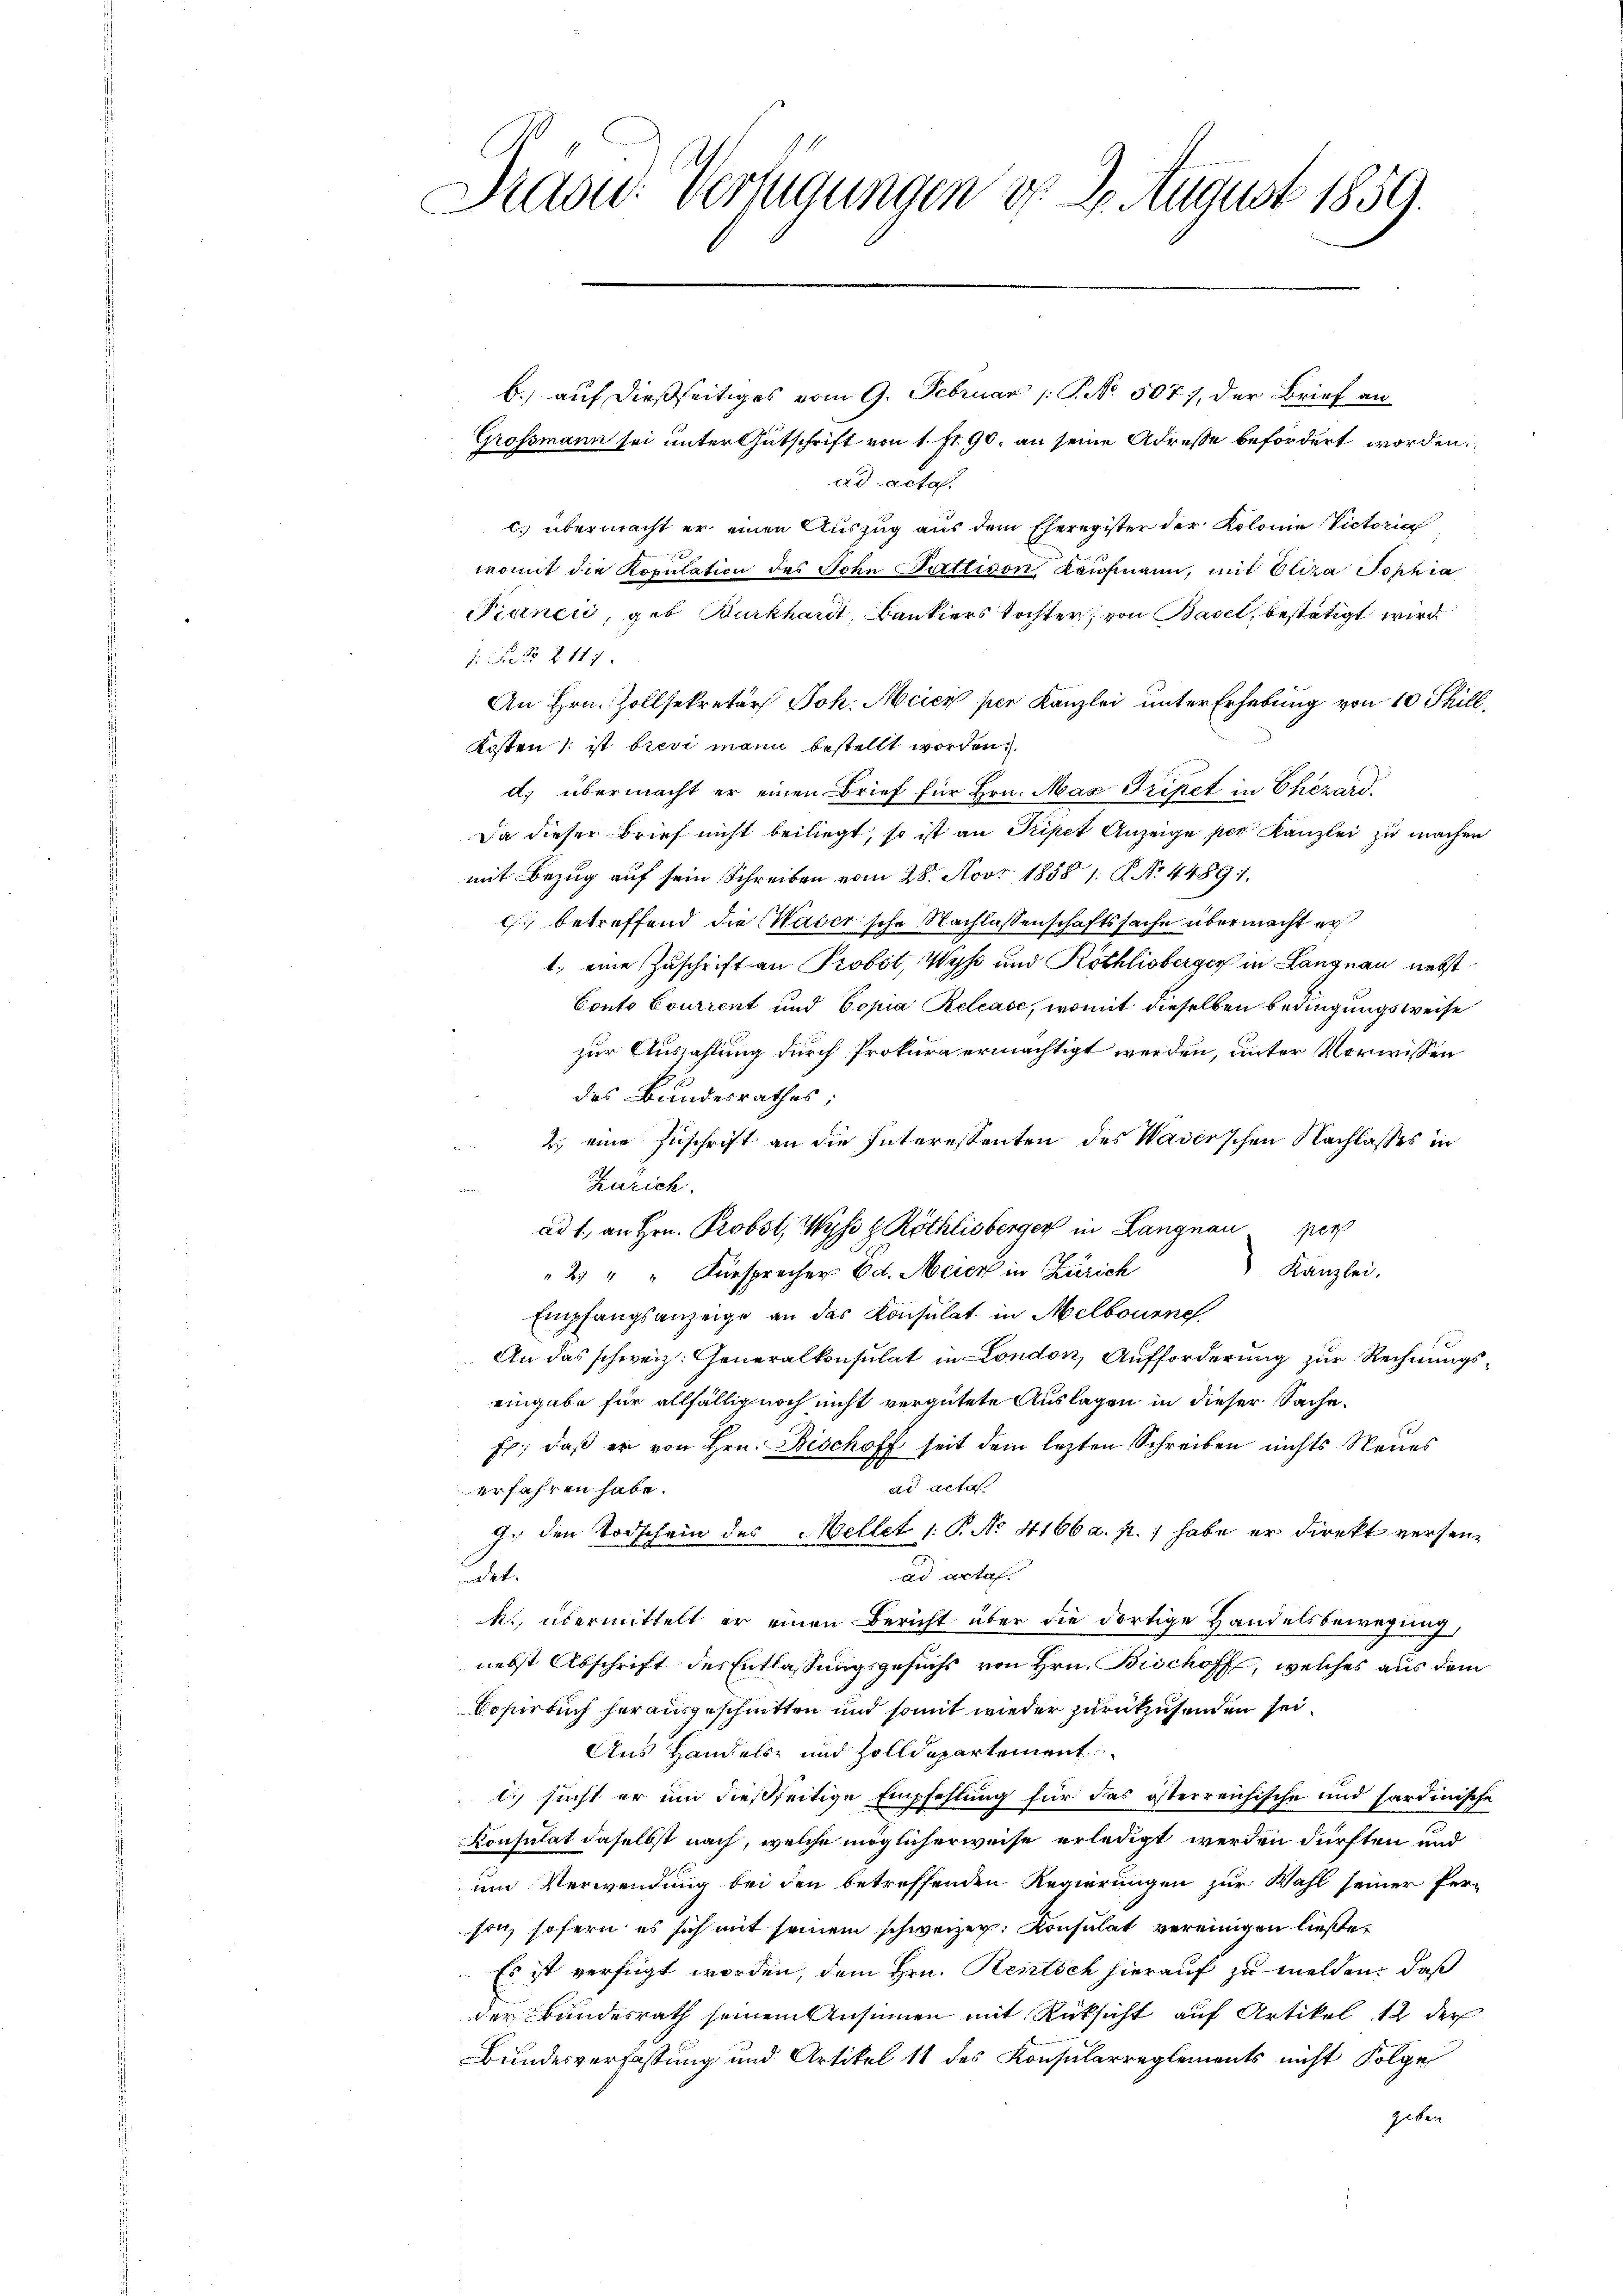
Sidow: Verfügungen d. 2. August 1859.

b.) auf dießseitiges vom 9. Februar (: P. No. 507), der Brief an
Grossmann sei unter Gutschrift von 1. fr. 90. an seine Adresse befördert worden.
ad acta
c. übermacht er einen Auszug aus dem Eheregister der Kolonia Victoria
womit die Kopulation des Sohn Pottivon Kaufmann, mit Eliza Sophia
Piancić, geb. Burkhardt, Bankiers Tochter, von Basel, bestätigt wird.
 t § 117
An Hrn. Zollsekretär Joh. Meier per Kanzlei unter Erhebung von 10 Thill
Kosten (: ist brevi mann bestellt worden.
d. übermacht er einen Brief für Hrn. Max Tripet in Ehezard.
Da dieser Brief nicht beiliegt, so ist an Pripet Anzeige per Kanzlei zu machen
mit Bezug auf sein Schreiben vom 28. Nov. 1858 1. P. Nr. 4489:
c betreffend die Kasersche Nachlassenschaftssache übermacht er
1. eine Zuschrift an Probst, Wyß und Röthlisberger in Langnau nebst
Conto Lourrent und Copia Relcase, womit dieselben bedingungsweise
zur Auszahlung durch Prokura ermächtigt werden, unter Vorwissen
des Bundesrathes;
2. eine Zuschrift an die Interessenten des Waserschen Nachlasses in
Zürich.
ad 1., an Hrn. Probst, Wyss z. Röthlisberger in Langnau pers
Kanzlei.
2) " " Fürsprecher Ed. Meier in Zürich
Empfangsanzeige an das Konsulat in Melbourne
An das schweiz. Generalkonsulat in London, Aufforderung zur Rechnungseingabe für allfällig noch nicht vergütete Auslagen in dieser Sache.
Er, daß er von Hrn. Bischoff seit dem lezten Schreiben nichts Neues
ad acta
erfahren habe.
9. den Todschein des Mellet 1. P. No. 4166 a. p.) habe er direkt versenad artal
dt
k., übermittelt er einen Bericht über die dortige Handelsbewegung,
nebst Abschrift des Entlassungsgesuchs von Hrn. Bischoff, welches aus dem
Copirbuch herausgeschnitten und somit wieder zurückzusenden sei.
Aus Handels- und Zolldepartement
l) sucht er um dießseitige Empfehlung für das österreichische und Sardinische
Konsulat daselbst nach, welche möglicherweise erledigt werden dürften und
um Verwendung bei den betreffenden Regierungen zur Wahl seiner Per-
son, sofern es sich mit seinem schweizer. Konsulat vereinigen ließe,
Es ist verfügt worden, dem Hrn. Reistich hierauf zu melden, daß
der Bundesrath seinem Ansinnen mit Rücksicht auf Artikel 12 der
Bundesverfassung und Artikel 11 des Konsularreglements nicht Folge
geben